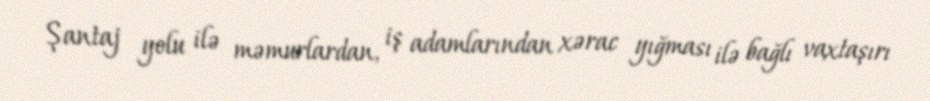
Şantaj yolu ilə məmurlardan, iş adamlarından xərac yığması ilə bağlı vaxtaşırı